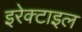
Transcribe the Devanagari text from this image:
इरेक्टाइल